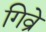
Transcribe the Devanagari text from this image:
गिव्रे